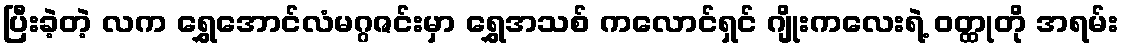
ပြီးခဲ့တဲ့ လက ရွှေအောင်လံမဂ္ဂဇင်းမှာ ရွှေအသစ် ကလောင်ရှင် ဂျိုးကလေးရဲ့ ဝတ္ထုတို အရမ်း